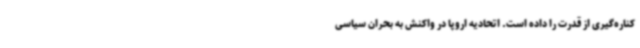
کناره‌گیری از قدرت را داده است. اتحادیه اروپا در واکنش به بحران سیاسی